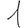
Digit: 1